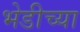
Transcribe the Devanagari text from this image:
भेडीच्या